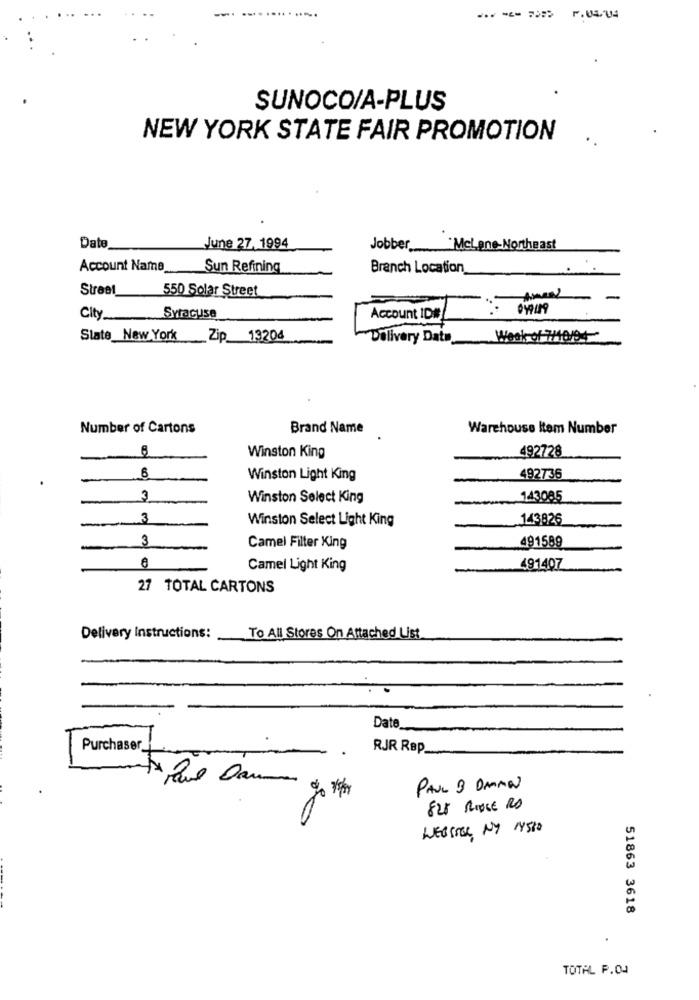
SUNOCO/A-PLUS
NEW YORK STATE FAIR PROMOTION
Date
June 27, 1994
Jobber __
Mcl ane-Northeast
Account Name
Sun Refining
Branch Location
Street
550 Solar Street
Ameal
-
049/19
City Syracuse
Account ID#
State_New York
Zip_13204
Delivery Date
Week of 7/10/94
Number of Cartons
Brand Name
Warehouse Item Number
8
492728
Winston King
6
Winston Light King
492736
3
Winston Select King
143085
3
Winston Select Light King
143826
3
491589
Camel Filter King
Camel Light King
491407
27 TOTAL CARTONS
Delivery Instructions:
To All Stores On Attached List
Date
Purchaser
RJR RBp
PAUL B DAMAN
825 RIDGE RD
WEBSTER NY 17510
51863 3618
.
TOTAL P.O.